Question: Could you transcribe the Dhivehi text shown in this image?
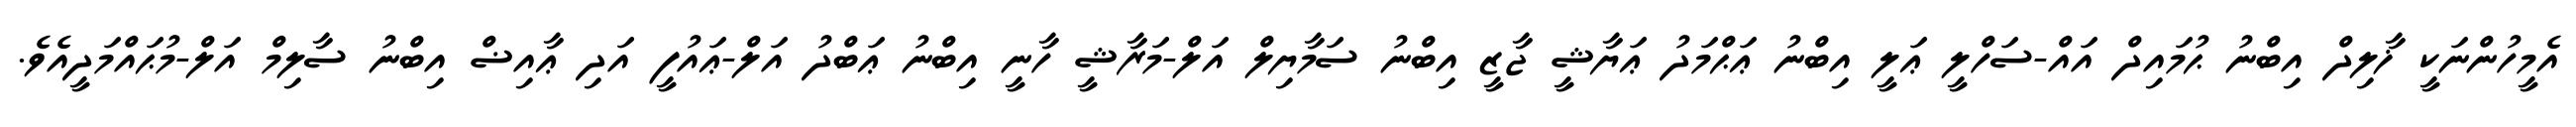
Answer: އެމީހުންނަކީ ޚާލިދް އިބްނު ޙުމައިދް އައް-ސަހްލީ ޢަލީ އިބްނު ޢަޙްމަދު ޢަޔާޝީ ޖާޒީ އިބްނު ސަމާޔިލް އަލް-މަރާޝީ ހާނީ އިބްނު ޢަބްދު އަލް-ޢައުފީ އަދި ޢާއިޟް އިބްނު ސާލިމް އަލް-މުޙައްމަދީއެވެ.